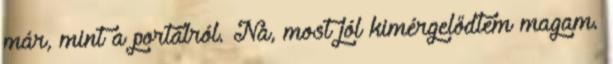
már, mint a portálról. Na, most jól kimérgelődtem magam.